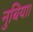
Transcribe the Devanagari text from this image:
नुबिया।